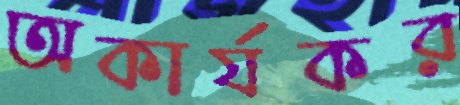
অকার্যকর